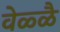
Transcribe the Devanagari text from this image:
वेळ्ळै